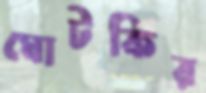
ঘোটকির